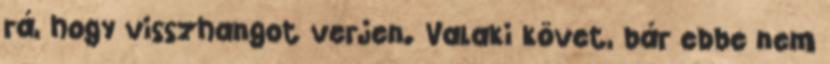
rá, hogy visszhangot verjen. Valaki követ, bár ebbe nem